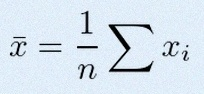
\bar{x}=\frac1n\sum x_i